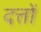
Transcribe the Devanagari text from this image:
दत्तों